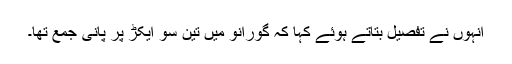
انہوں نے تفصیل بتاتے ہوئے کہا کہ گورانو میں تین سو ایکڑ پر پانی جمع تھا۔